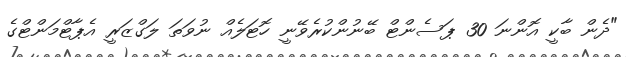
"ދެން ބާކީ އޮންނަ 30 ޕަސެންޓް ބޭނުންކުރެވޭނީ ހޮޓަލެއް ނުވަތަ ލަގްޒަރީ އެޕާޓްމަންޓްގެ